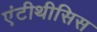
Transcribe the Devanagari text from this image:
एंटीथीसिस